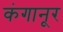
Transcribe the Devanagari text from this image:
कंगानूर